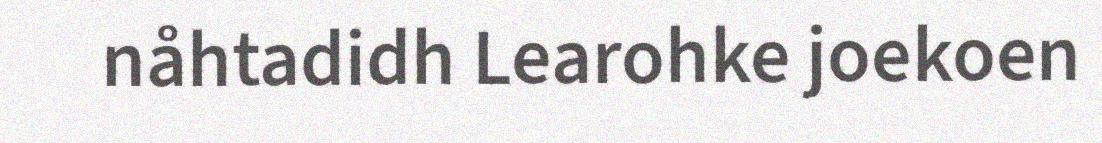
nåhtadidh Learohke joekoen